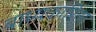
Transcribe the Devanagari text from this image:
बाध्यकारिता